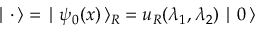
\mid { \bf \cdot } \, \rangle = \; \mid \psi _ { 0 } ( x ) \, \rangle _ { R } = u _ { R } ( \lambda _ { 1 } , \lambda _ { 2 } ) \mid 0 \, \rangle